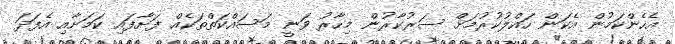
އެހެންކަމުން އެކަން ހައްލުކުރުމަށް ސަރުކާރުން މިހާރު ވަނީ މަސައްކަތްތަކެއް ފަށާފައި ކަމަށާއި އެފަދަ